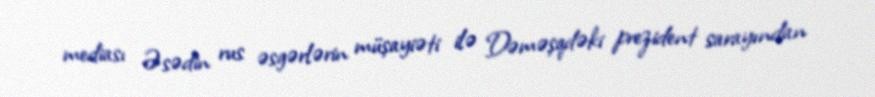
mediası Əsədin rus əsgərlərin müşayiəti ilə Dəməşqdəki prezident sarayından